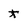
Character: t